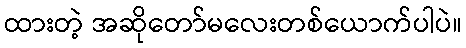
ထားတဲ့ အဆိုတော်မလေးတစ်ယောက်ပါပဲ။